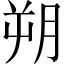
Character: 朔